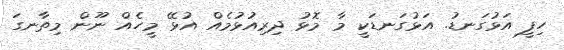
ހިފީ އަޅުގަނޑު. އަޅުގަނޑަކީ މާ މޮޅު ދިރިއުޅުމެއް އުޅޭ މީހެއް ނޫން މިތާނގަ